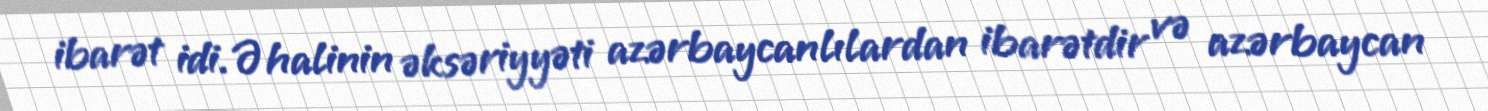
ibarət idi. Əhalinin əksəriyyəti azərbaycanlılardan ibarətdir və azərbaycan